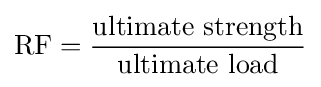
{\text{RF}}={\frac {\text{ultimate strength}}{\text{ultimate load}}}